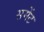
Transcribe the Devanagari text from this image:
समेंट